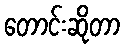
တောင်းဆိုတာ